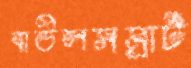
বাউলসম্রাট